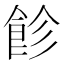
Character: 飻